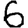
Digit: 6